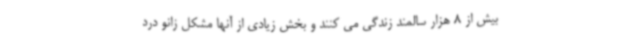
بیش از 8 هزار سالمند زندگی می کنند و بخش زیادی از آنها مشکل زانو درد